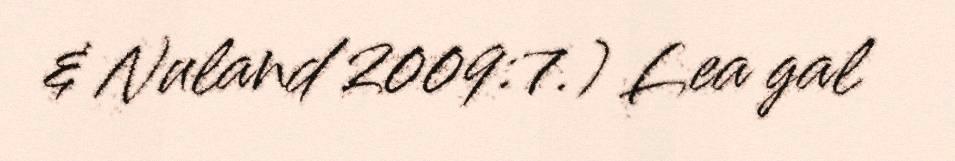
& Nuland 2009:7.) Lea gal